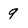
Character: 9